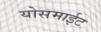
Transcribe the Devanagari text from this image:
योसमाईट